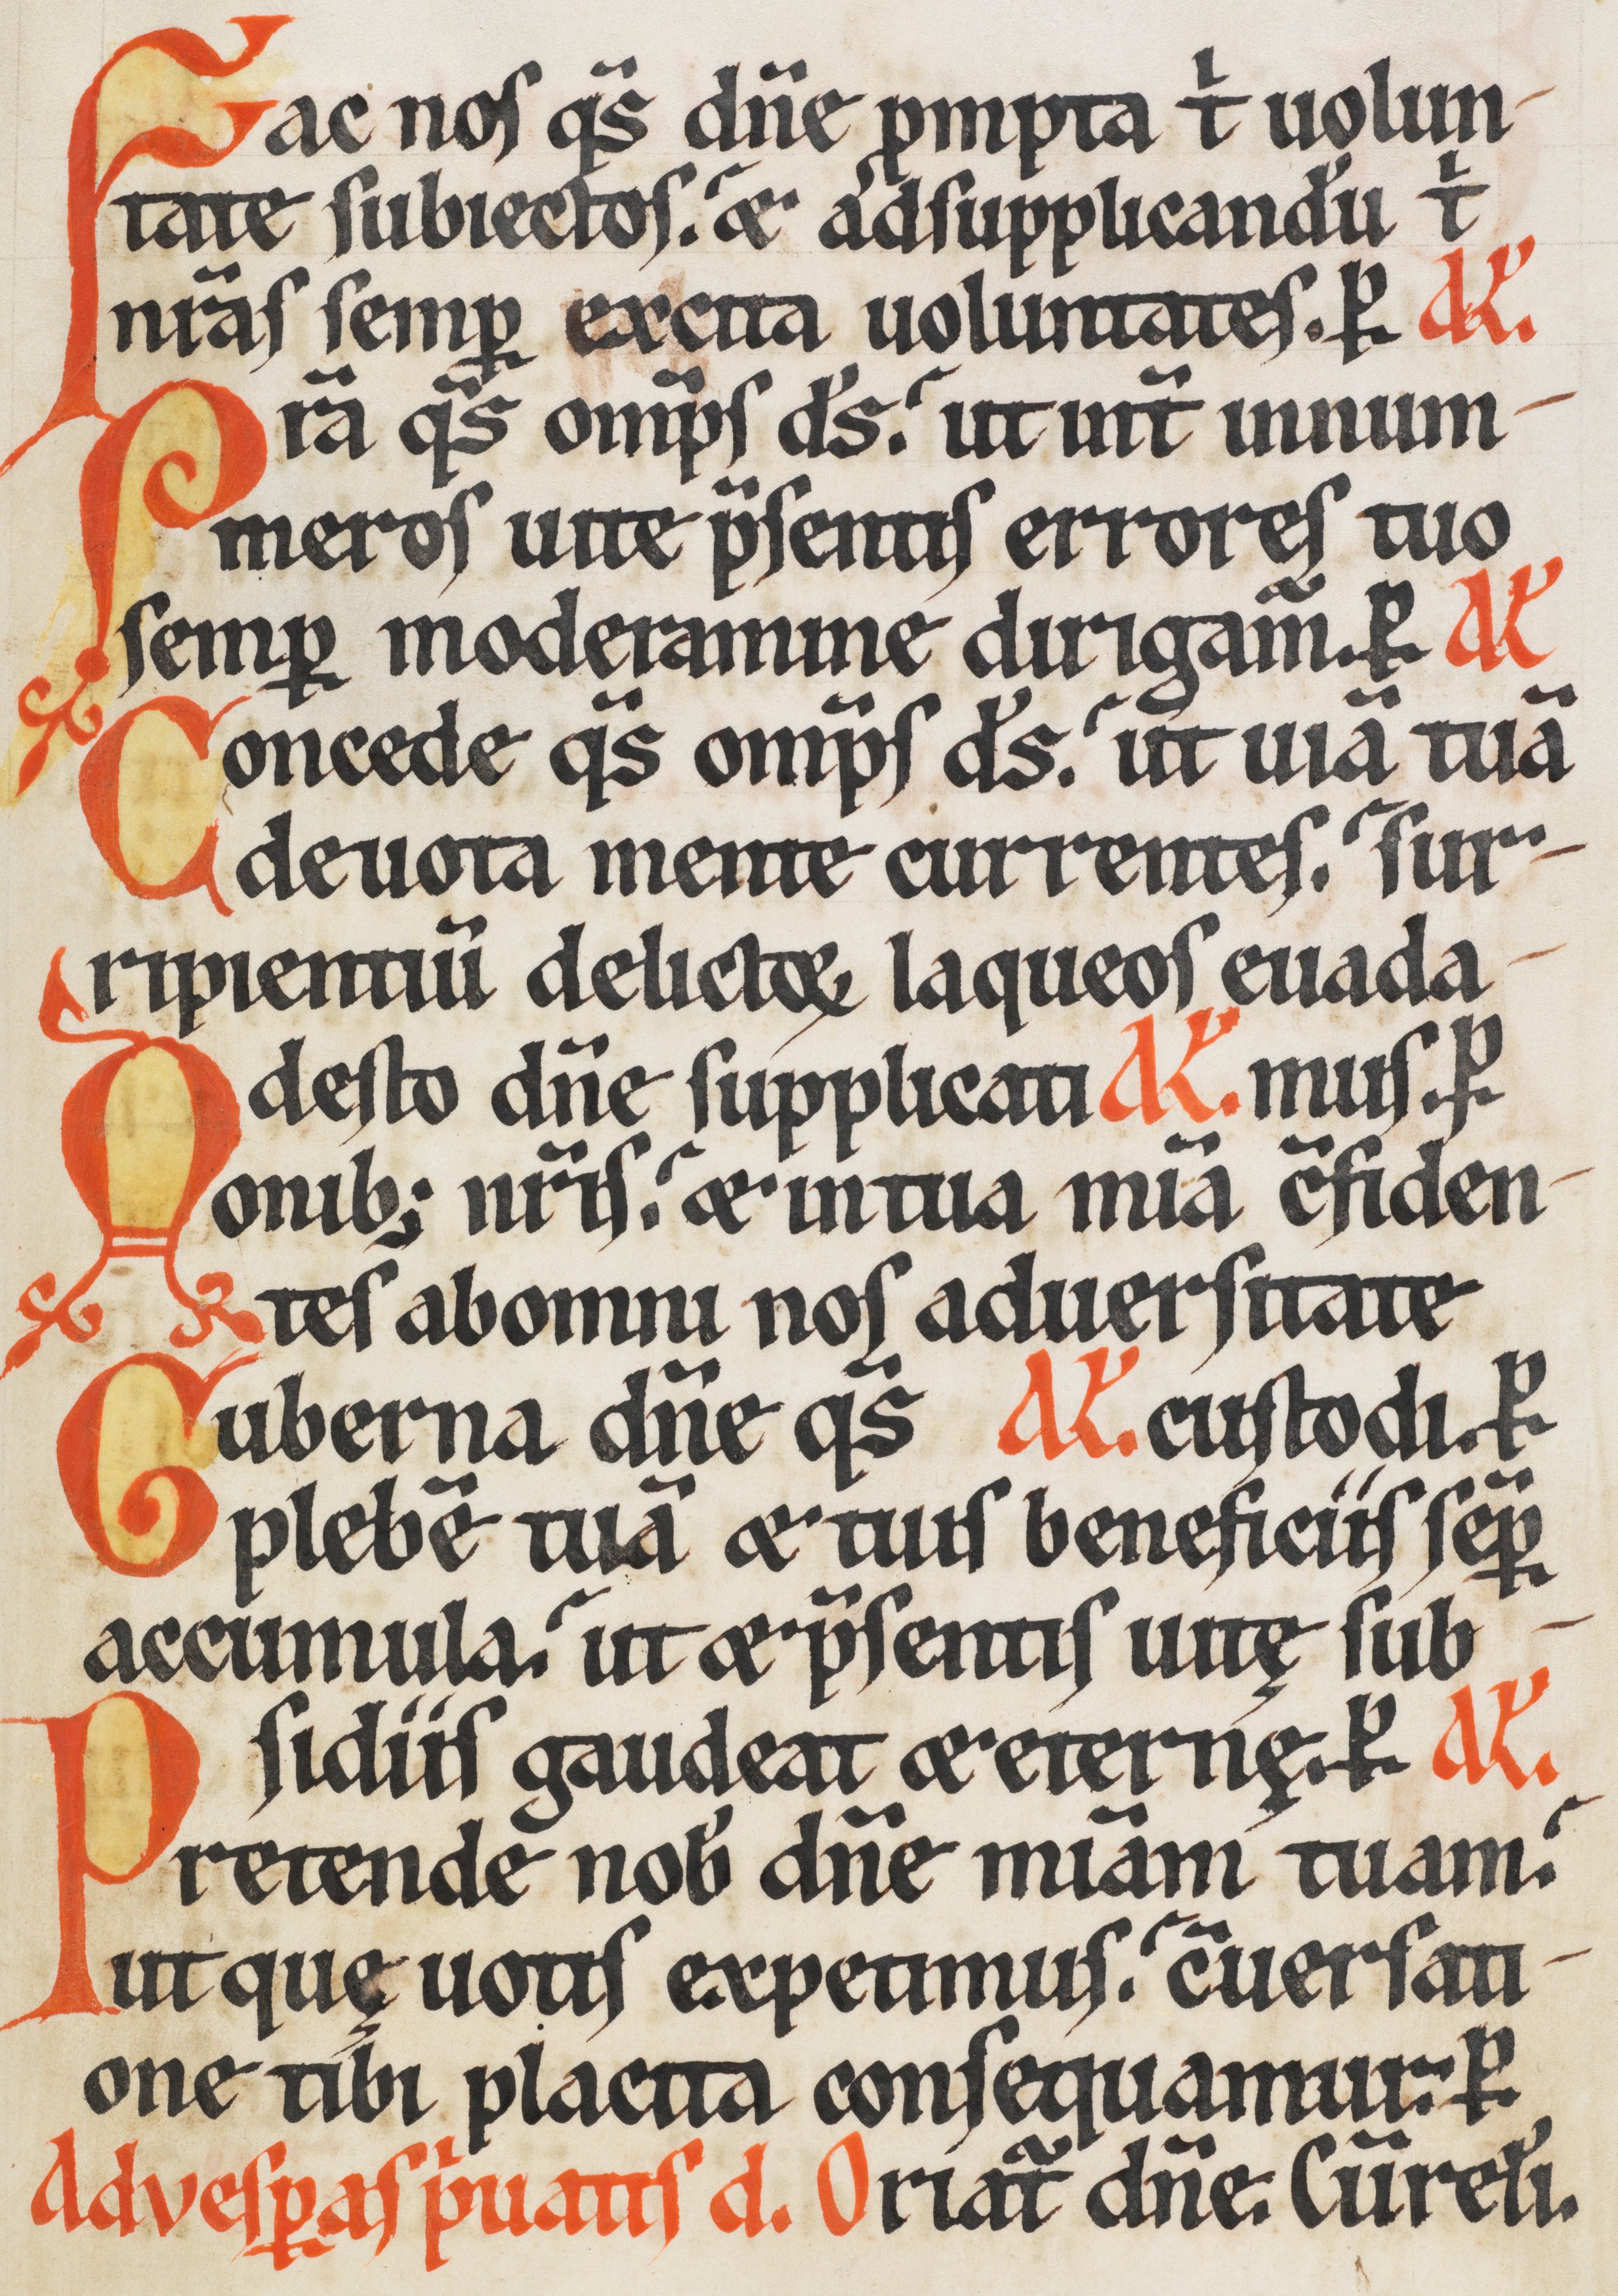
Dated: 1170–1230